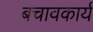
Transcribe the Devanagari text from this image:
बचावकार्य